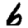
Digit: 6